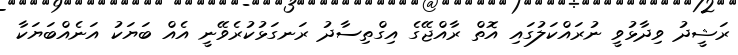
ރަޝީދު ވިދާޅުވީ ނުރައްކަލުގައި އޮތް ރާއްޖޭގެ އިގްތިސާދު ރަނގަޅުކުރެވޭނީ އެއް ބަޔަކު އަނެއްބަޔަކާ